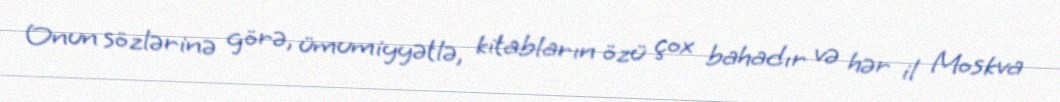
Onun sözlərinə görə, ümumiyyətlə, kitabların özü çox bahadır və hər il Moskva